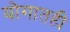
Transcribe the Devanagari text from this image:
योगातही